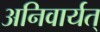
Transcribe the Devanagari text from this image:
अनिवार्यत्